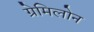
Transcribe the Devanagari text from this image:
ग्रेमिलोन